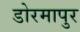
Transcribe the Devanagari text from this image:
डोरमापुर